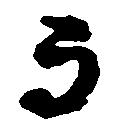
而